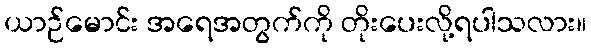
ယာဉ်မောင်း အရေအတွက်ကို တိုးပေးလို့ရပါသလား။